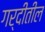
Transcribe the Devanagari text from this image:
गर्दीतील